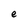
Character: e